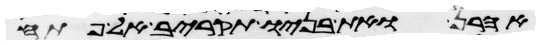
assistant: אהרן ואת בניו תקריב אל פתח